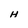
Character: H